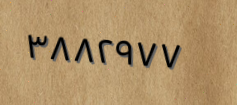
٣٨٨٢٩٧٧